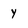
Character: Y